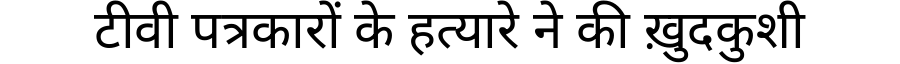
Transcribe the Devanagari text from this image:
टीवी पत्रकारों के हत्यारे ने की ख़ुदकुशी